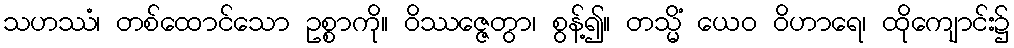
သဟဿံ၊ တစ်ထောင်သော ဥစ္စာကို။ ဝိဿဇ္ဇေတွာ၊ စွန့်၍။ တသ္မိံ ယေဝ ဝိဟာရေ၊ ထိုကျောင်း၌